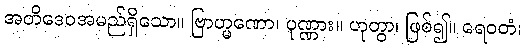
အတိဒေဝအမည်ရှိသော။ ဗြာဟ္မဏော၊ ပုဏ္ဏား။ ဟုတွာ၊ ဖြစ်၍။ ရေဝတံ၊